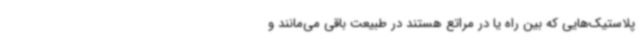
پلاستیک‌هایی که بین راه یا در مراتع هستند در طبیعت باقی می‌مانند و